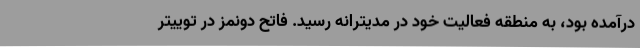
درآمده بود، به منطقه فعالیت خود در مدیترانه رسید. فاتح دونمز در توییتر